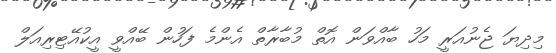
މިދިޔަ ޖެނުއަރީ މަހު ބާއްވަން އޮތް މުބާރާތް އެންމެ ފަހުން ބޭއްވީ އީކުއޭޓިރިއަލް